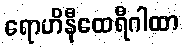
ရောဟိနီထေရီဂါထာ